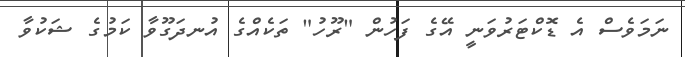
ނަމަވެސް އެ ޑޮކްޓަރުވަނީ އޭގެ ފަހުން "ރޫހު" ތަކެއްގެ އުނދަގޫވާ ކަމުގެ ޝަކުވާ